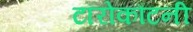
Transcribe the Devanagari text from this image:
टॉरोकौटनी